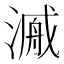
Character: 𱨍